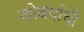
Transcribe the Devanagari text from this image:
खोबर्याची